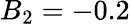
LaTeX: B_{2}=-0.2